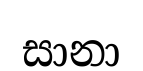
සානා